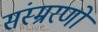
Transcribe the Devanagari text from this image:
संस्म्ररणों